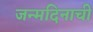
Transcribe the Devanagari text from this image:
जन्मदिनाची